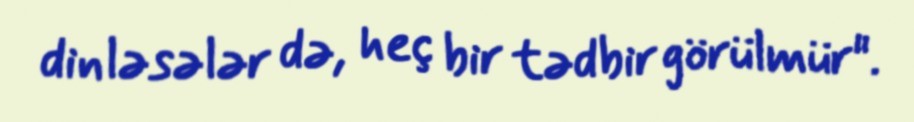
dinləsələr də, heç bir tədbir görülmür".